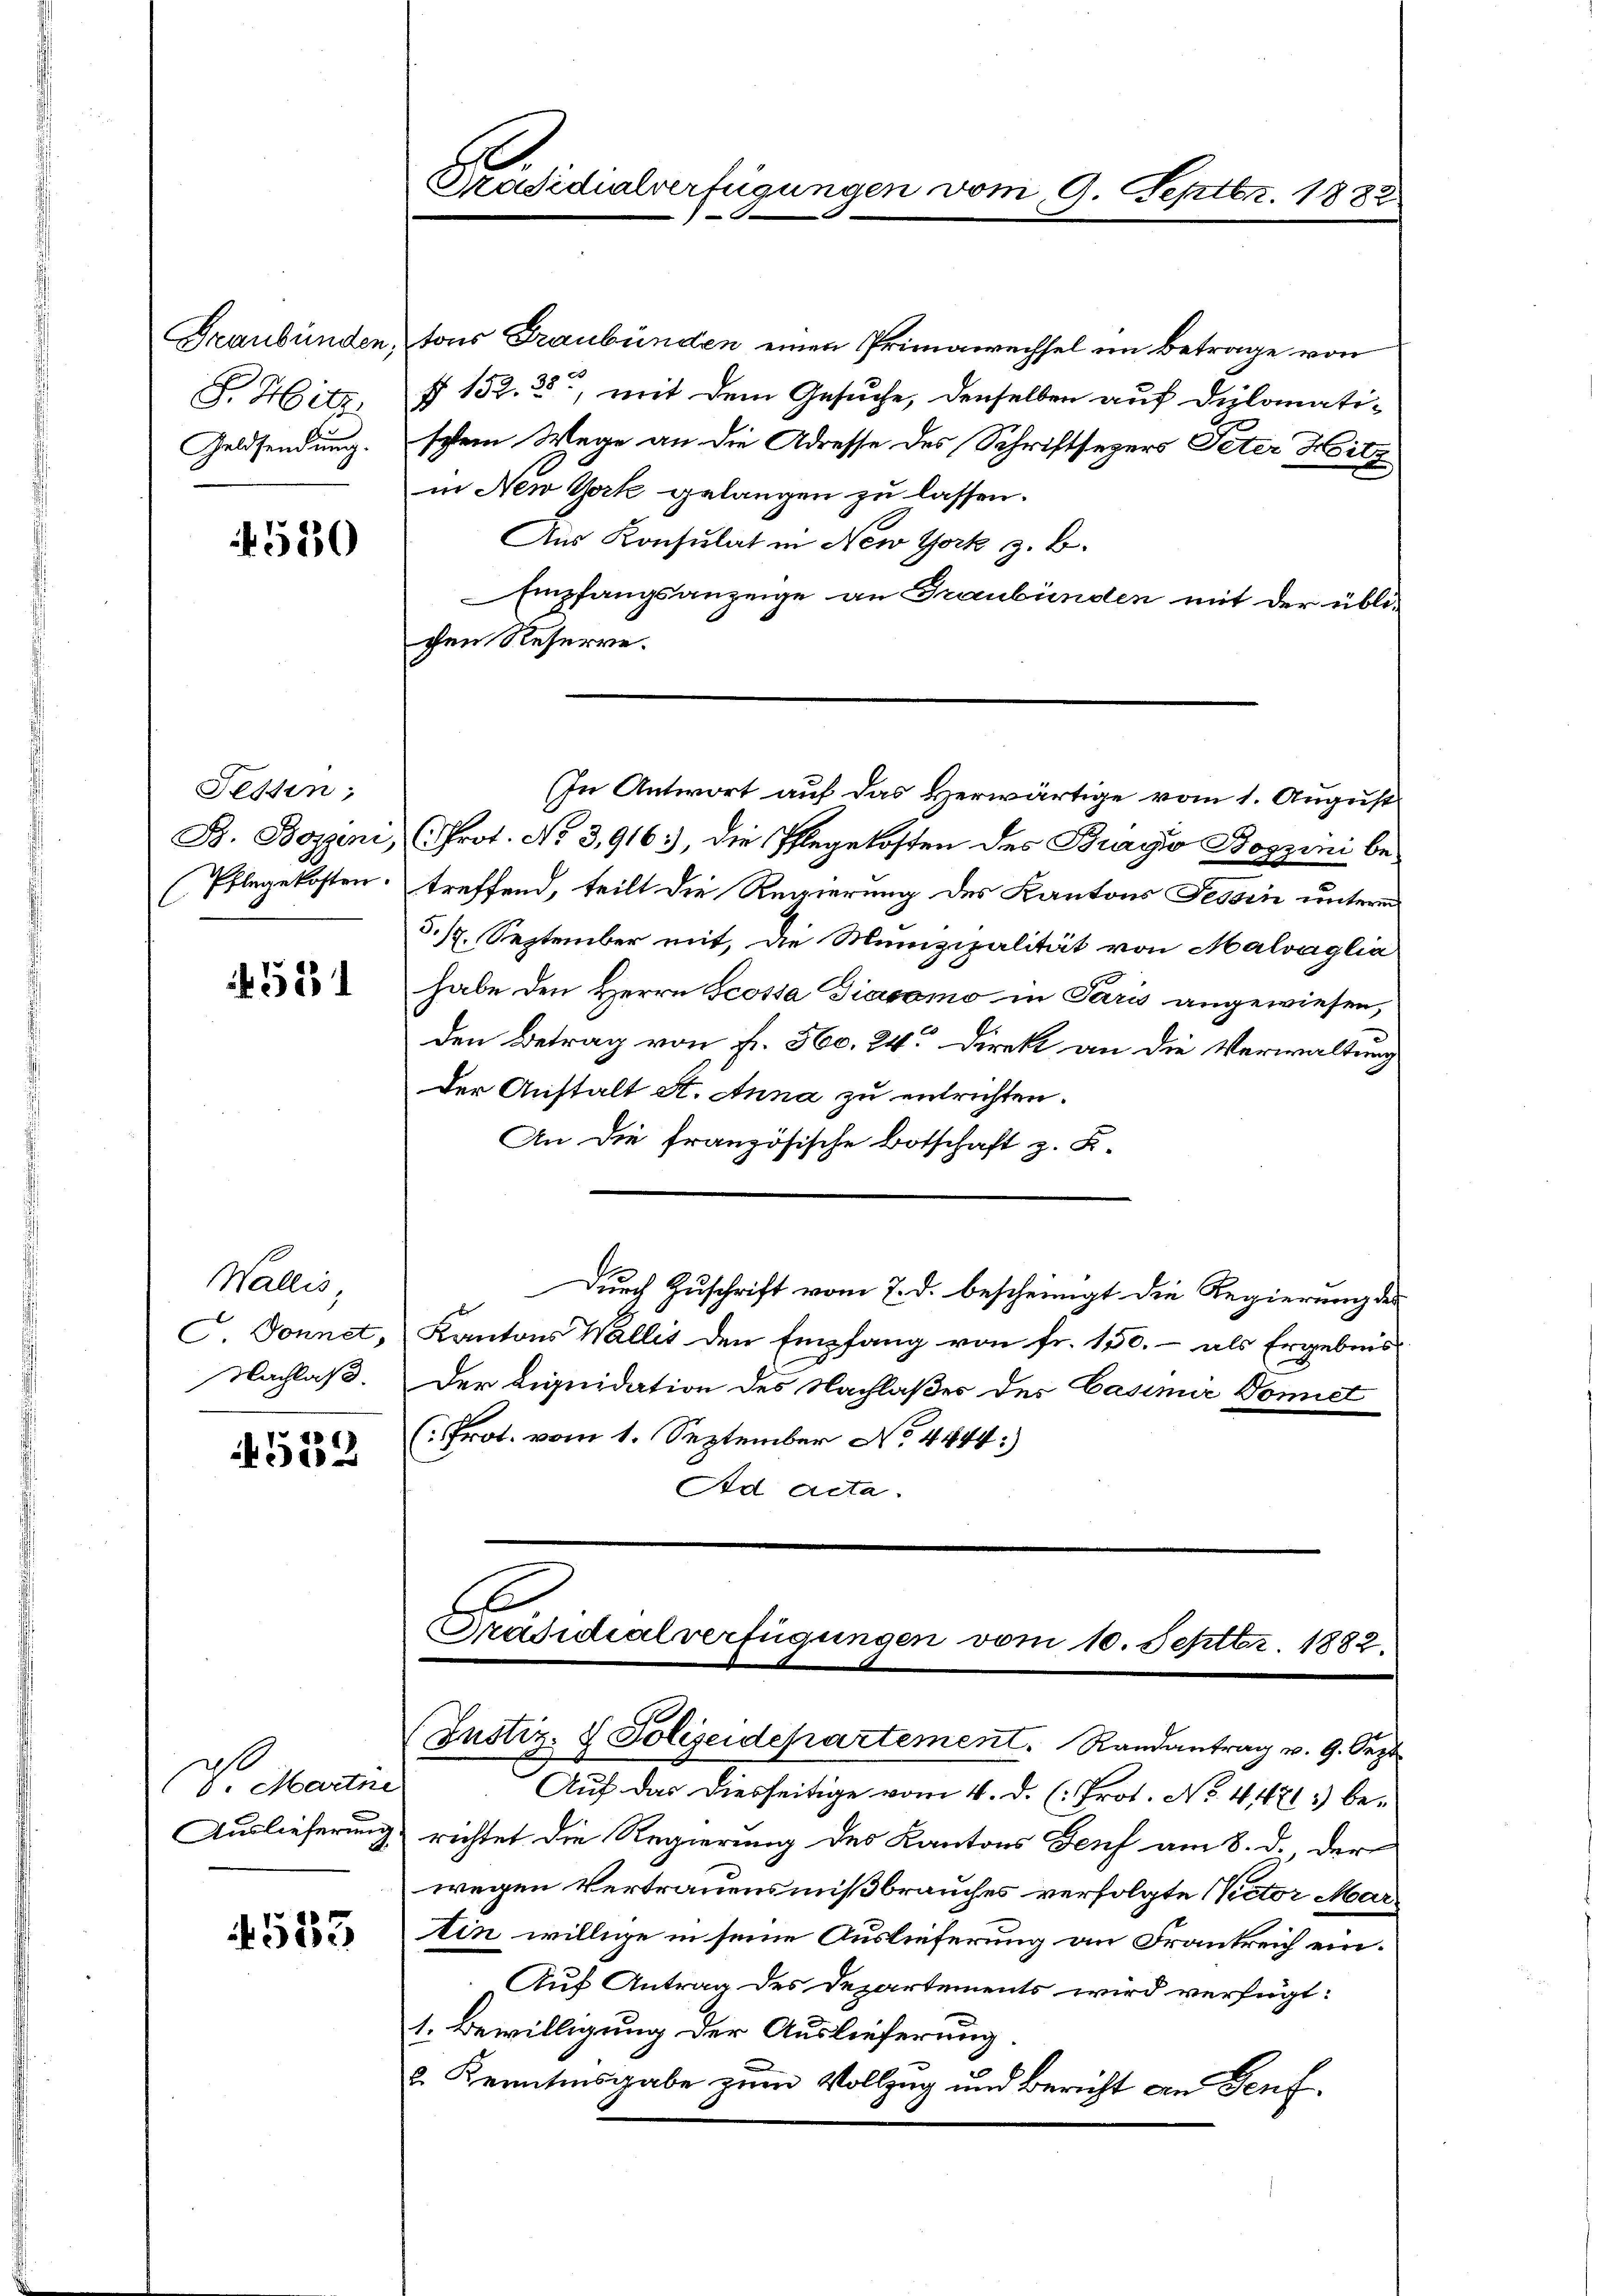
Graubünden,
F. Hitz
Geldsendung.

4520

Fessen;
B. Bozeni,
(Pflegekosten.

4521

Wallis,
Nachlaß.

512

(V. Martne

523

Präsidialverfügungen vom 9. Septbr. 1832
6

fons Graubünden einen Primawechsel im Betrage von
§ 152. 35, mit dem Gesuche, denselben auf diplomati-
schem Wege an die Adresse des Schriftsegers Peter Hitz
in New York gelangen zu lassen.
Aus Konsulat in New York z. B.
Empfangsanzeige an Graubünden mit der übli-
chen Reserre.
In Antwort auf das Herwärtige vom 1. August
Prot. No 3,916), die Ehegekosten des Bragio Boszini betreffend, teilt die Regierung des Kantons Tessin unterem
5. 17. September mit, die Munizipalität von Malvaglia
habe den Herrn Scossa Diacomo in Paris angewiesen,
den Betrag von Fr. 560. 24. Direkt an die Verwaltung
der Anstalt St. Anna zu entrichten.
An die französische Botschaft z. B.
Durch Zuschrift vom 7. d. bescheinigt die Regierung des
G. Donnet, Kantons Wallis den Empfang von fr. 150.- als Ergebnis
Der Liquidation des Nachlaßes des Casimir Domiet
(Prot. vom 1. September No. 4444)
Ad acta.
E
Präsidialverfügungen vom 10. Septbr. 1882.
(Justiz- & Polizeidepartement. Randantrag v. 9. Sept.
Auf das diesseitige vom 4. d. (: Prof. No. 41671) be¬
Auslieferung richtet die Regierung des Kantons Genf am 8. d., der
wegen Vertrauensmißbrauches verfolgte Victor Mar
tin willige in seine Auslieferung an Frankreich ein¬
Auf Antrag des Departements wird verfügt:
1. Bewilligung der Auslieferung
2. Kenntnisgabe zum Vollzug und Bericht an Genf